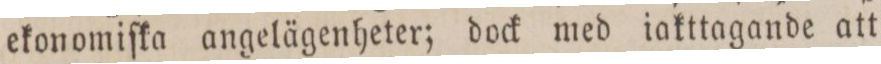
ekonomiſka angelägenheter; dock med iakttagande att